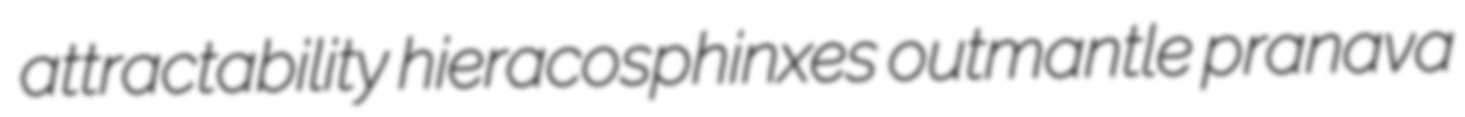
attractability hieracosphinxes outmantle pranava